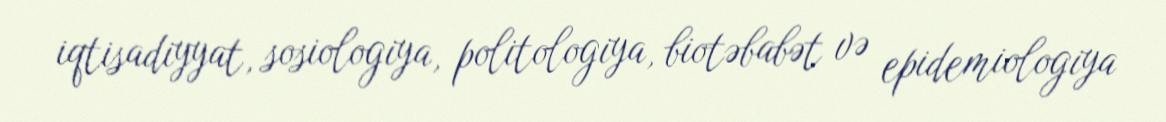
iqtisadiyyat, sosiologiya, politologiya, biotəbabət və epidemiologiya